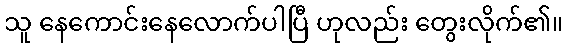
သူ နေကောင်းနေလောက်ပါပြီ ဟုလည်း တွေးလိုက်၏။